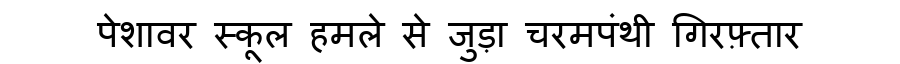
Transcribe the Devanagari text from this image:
पेशावर स्कूल हमले से जुड़ा चरमपंथी गिरफ़्तार